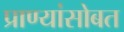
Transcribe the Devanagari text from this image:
प्राण्यांसोबत